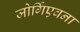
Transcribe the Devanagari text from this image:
जोर्गिएवना